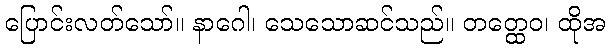
ပြောင်းလတ်သော်။ နာဂေါ၊ သေသောဆင်သည်။ တတ္ထေဝ၊ ထိုအ